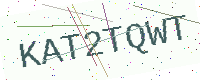
Text: KAT2TQWT